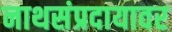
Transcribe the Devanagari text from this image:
नाथसंप्रदायावर